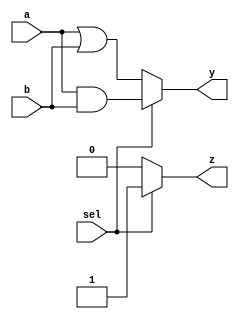
module combinational_logic (
    input wire [3:0] a,        // 4-bit input
    input wire [3:0] b,        // 4-bit input
    input wire sel,            // 1-bit select input
    output reg [3:0] y,        // 4-bit output
    output reg z               // 1-bit output
);

always @(*) begin
    // Example combinational logic
    if (sel) begin
        y = a & b;             // Perform bitwise AND when sel is high
        z = 1'b1;              // Set z to 1 when sel is high
    end else begin
        y = a | b;             // Perform bitwise OR when sel is low
        z = 1'b0;              // Set z to 0 when sel is low
    end
end

endmodule